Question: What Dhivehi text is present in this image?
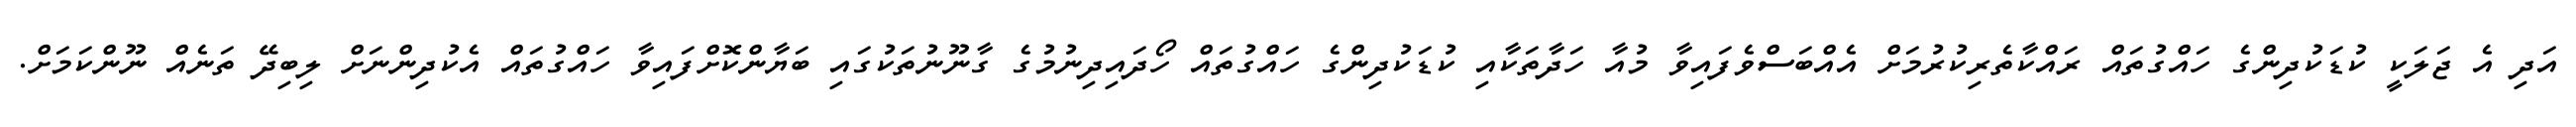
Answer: އަދި އެ ޖަލަކީ ކުޑަކުދިންގެ ހައްގުތައް ރައްކާތެރިކުރުމަށް އެއްބަސްވެފައިވާ މުއާ ހަދާތަކާއި ކުޑަކުދިންގެ ހައްގުތައް ހޯދައިދިނުމުގެ ގާނޫނުތަކުގައި ބަޔާންކޮށްފައިވާ ހައްގުތައް އެކުދިންނަށް ލިބިދޭ ތަނެއް ނޫންކަމަށް.